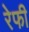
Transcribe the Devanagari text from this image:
रेफी